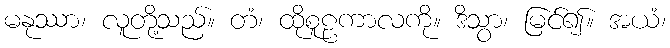
မနုဿာ၊ လူတို့သည်။ တံ၊ ထိုစူဠကာလကို။ ဒိသွာ၊ မြင်၍။ အယံ၊